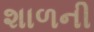
શાળની